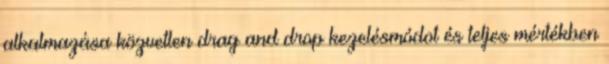
alkalmazása közvetlen drag and drop kezelésmódot és teljes mértékben